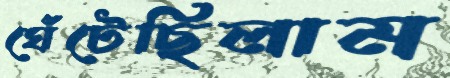
ঘেঁটেছিলাম